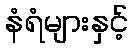
နံရံများနှင့်